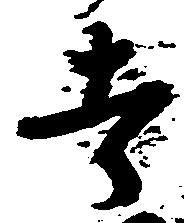
者